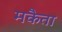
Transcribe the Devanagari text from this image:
मकैता